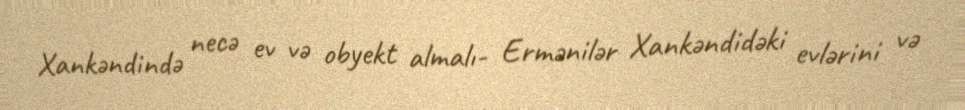
Xankəndində necə ev və obyekt almalı- Ermənilər Xankəndidəki evlərini və